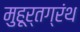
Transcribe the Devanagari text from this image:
मुहूर्तग्रंथ